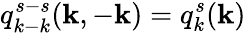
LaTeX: q_{k-k}^{s-s}({\mathbf k},-{\mathbf k})=q_{k}^{s}({\mathbf k})